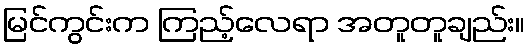
မြင်ကွင်းက ကြည့်လေရာ အတူတူချည်း။